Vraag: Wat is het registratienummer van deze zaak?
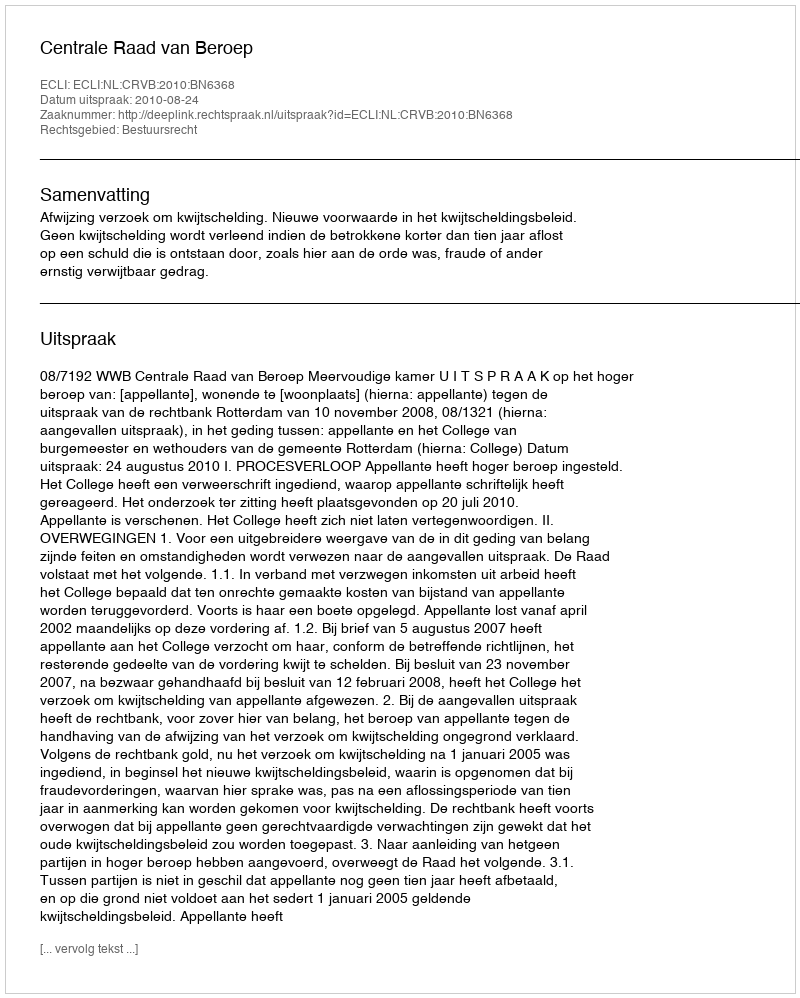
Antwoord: http://deeplink.rechtspraak.nl/uitspraak?id=ECLI:NL:CRVB:2010:BN6368